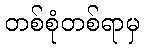
တစ်စုံတစ်ရာမှ